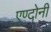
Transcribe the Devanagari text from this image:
एण्टोनी